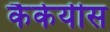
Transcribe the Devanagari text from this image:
कैकेयीस